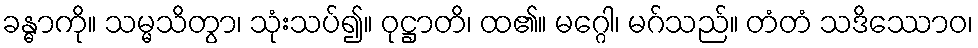
ခန္ဓာကို။ သမ္မသိတွာ၊ သုံးသပ်၍။ ဝုဋ္ဌာတိ၊ ထ၏။ မဂ္ဂေါ၊ မဂ်သည်။ တံတံ သဒိဿောဝ၊